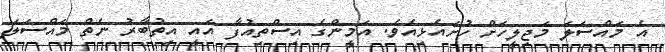
އެ މައްސަލަ މަޖިލީހަށް ހުށައެޅިއެވެ. އަމީންގެ އިސްތިއުފާ އައީ އިތުބާރު ނެތް މައްސަލަ